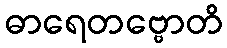
ဓာရေတဗ္ဗောတိ